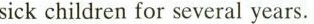
sick children for sevreal years.